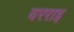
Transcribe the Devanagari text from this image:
बरराइ